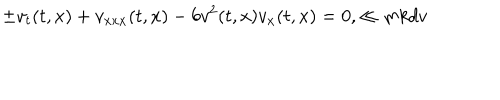
LaTeX: \pm v _ { t } ( t , x ) + v _ { x x x } ( t , x ) - 6 v ^ { 2 } ( t , x ) v _ { x } ( t , x ) = 0 , \ll { m k d v }